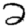
Digit: 2